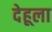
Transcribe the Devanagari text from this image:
देहूला